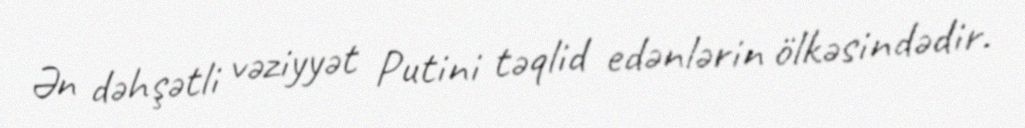
Ən dəhşətli vəziyyət Putini təqlid edənlərin ölkəsindədir.